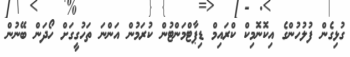
ގުޅިގެން ފުލުހުންގެ އިކޮނޮމިކް ކްރައިމް ޑިޕާޓްމަންޓުން ކުރަމުން އަންނަ ތަހުގީގަށް ހޯދަން ބޭނުން